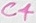
Text: C4